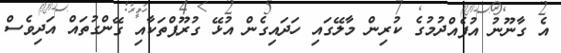
އެ ގާނޫނު އުފެއްދުމުގެ ކުރިން މާލޭގައި ހަދައިގެން އުޅޭ ގުރޫޕްތަކާއި ގޭންގުތައް އަދިވެސް